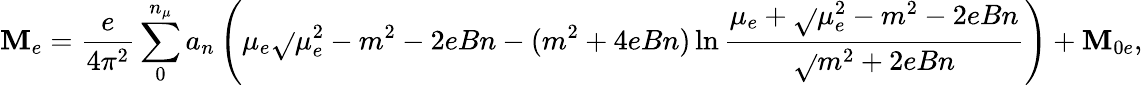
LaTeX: {\cal\mathbf{M}}_{e}=\frac{{e}}{{4\pi^{2}}}\sum_{0}^{n_{\mu}}a_{n}\left(\mu_{e}\sqrt{}{{\mu_{e}^{2}-m^{2}-2eBn}}-(m^{2}+4eBn)\ln\frac{{\mu_{e}+\sqrt{}{{\mu_{e}^{2}-m^{2}-2eBn}}}}{{\sqrt{}{{m^{2}+2eBn}}}}\right)+{\cal\mathbf{M}}_{0e},